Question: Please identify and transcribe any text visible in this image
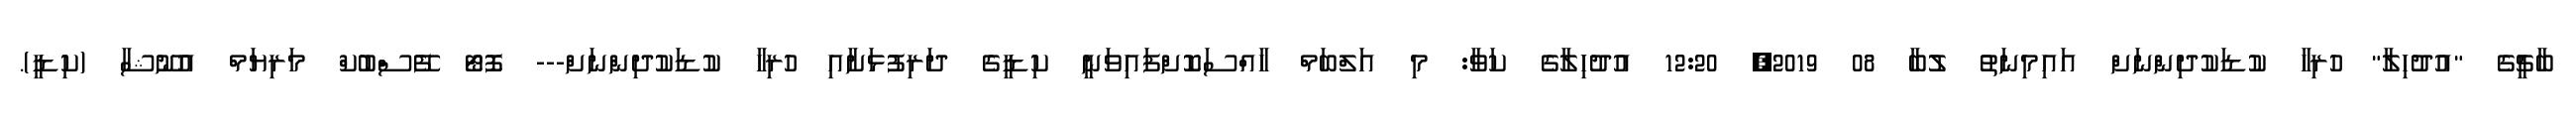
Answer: ބާޗީގެ "އުދުހިލާ" ހުރިހާ ކުޑަކުދިންނަށް އައިމިނަތު ލުބާ 08 2019, 12:20 އުދުހިލާގެ ކަވާ: މި އަލްބަމް ހާއްސަކޮށްފައިވަނީ ކިޑީގެ ދަރިފުޅަށާއި ހުރިހާ ކުޑަކުދިންނަށް--- ފޮޓޯ ފޭސްބުކް މަރިޔަމް އުނޫޝާ (ކިޑީ).